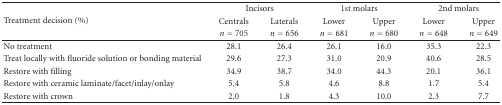
<table><thead><tr><td rowspan="3"><b>Treatment decision (%)</b></td><td colspan="2"><b> Incisors</b></td><td colspan="2"><b> 1st molars</b></td><td colspan="2"><b> 2nd molars</b></td></tr><tr><td><b>Centrals</b></td><td><b>Laterals</b></td><td><b>Lower</b></td><td><b>Upper</b></td><td><b>Lower</b></td><td><b>Upper</b></td></tr><tr><td><b><i>n</i> = 705</b></td><td><b><i>n</i> = 656</b></td><td><b><i>n</i> = 681</b></td><td><b><i>n</i> = 680</b></td><td><b><i>n</i> = 648</b></td><td><b><i>n</i> = 649</b></td></tr></thead><tbody><tr><td>No treatment</td><td>28.1</td><td>26.4</td><td>26.1</td><td>16.0</td><td>35.3</td><td>22.3</td></tr><tr><td>Treat locally with fluoride solution or bonding material</td><td>29.6</td><td>27.3</td><td>31.0</td><td>20.9</td><td>40.6</td><td>28.5</td></tr><tr><td>Restore with filling</td><td>34.9</td><td>38.7</td><td>34.0</td><td>44.3</td><td>20.1</td><td>36.1</td></tr><tr><td>Restore with ceramic laminate/facet/inlay/onlay</td><td>5.4</td><td>5.8</td><td>4.6</td><td>8.8</td><td>1.7</td><td>5.4</td></tr><tr><td>Restore with crown</td><td>2.0</td><td>1.8</td><td>4.3</td><td>10.0</td><td>2.3</td><td>7.7</td></tr></tbody></table>